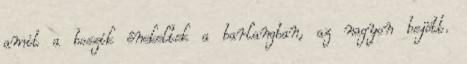
amit a boszik énekeltek a barlangban, az nagyon bejött.